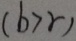
( b > r )